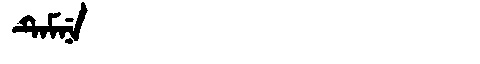
Manchu: ᡨᡝᠮᠨᡝ
Romanization: TEMNE